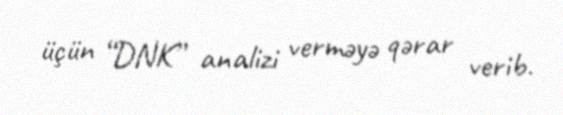
üçün “DNK” analizi verməyə qərar verib.